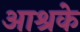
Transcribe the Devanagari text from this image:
आश्रके